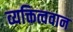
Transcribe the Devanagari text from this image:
व्यक्तित्ववान